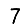
Digit: 7